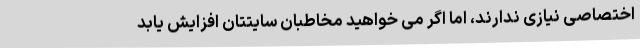
اختصاصی نیازی ندارند، اما اگر می خواهید مخاطبان سایتتان افزایش یابد